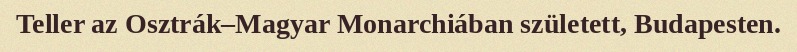
Teller az Osztrák–Magyar Monarchiában született, Budapesten.